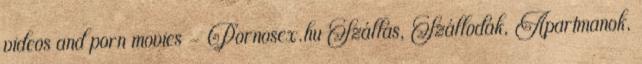
videos and porn movies - Pornosex.hu Szállás, Szállodák, Apartmanok,